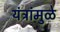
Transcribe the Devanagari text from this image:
यंत्रांमुळे